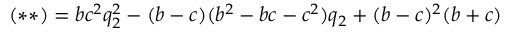
( \ast \ast ) = b c ^ { 2 } q _ { 2 } ^ { 2 } - ( b - c ) ( b ^ { 2 } - b c - c ^ { 2 } ) q _ { 2 } + ( b - c ) ^ { 2 } ( b + c )